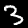
Label: 3